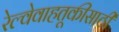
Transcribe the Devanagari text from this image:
रेल्वेवाहतूकीसाठी